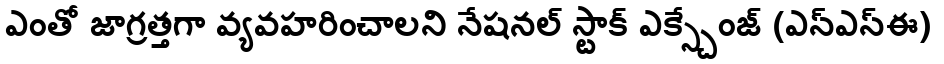
ఎంతో జాగ్రత్తగా వ్యవహరించాలని నేషనల్ స్టాక్ ఎక్స్చేంజ్ (ఎన్ఎస్ఈ)